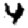
Digit: 4